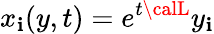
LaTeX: x_{\mathbf{i}}(y,t)=e^{t{\calL}}y_{\mathbf{i}}